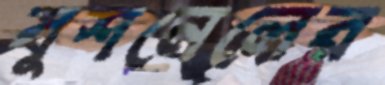
বুশনেলের